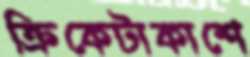
ক্রিকেটাকাশে